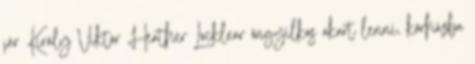
jár Király Viktor Heather Locklear öngyilkos akart lenni, kórházba